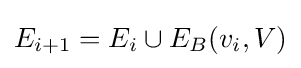
E_{i+1}=E_{i}\cup E_{B}(v_{i},V)